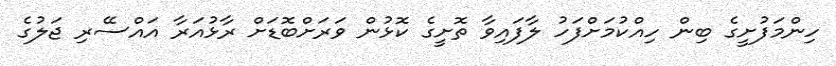
ހިންމަފުށީގެ ބިން ހިއްކުމަށްފަހު ލާފައިވާ ތޮށީގެ ކޮޅުން ވަރަށްބޮޑަށް ރާޅުއަރާ އައްސޭރި ޖަލުގެ